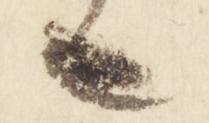
也